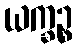
ယက္ခဉ္စ